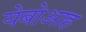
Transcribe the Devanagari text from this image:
येबोआह